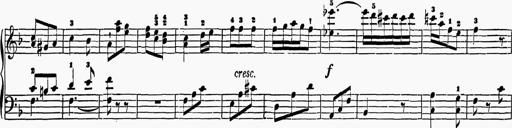
Title: 6 Sonatas
Composer: Muzio Clementi